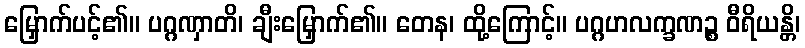
မြှောက်ပင့်၏။ ပဂ္ဂဏှာတိ၊ ချီးမြှောက်၏။ တေန၊ ထို့ကြောင့်။ ပဂ္ဂဟလက္ခဏဉ္စ ဝီရိယန္တိ၊